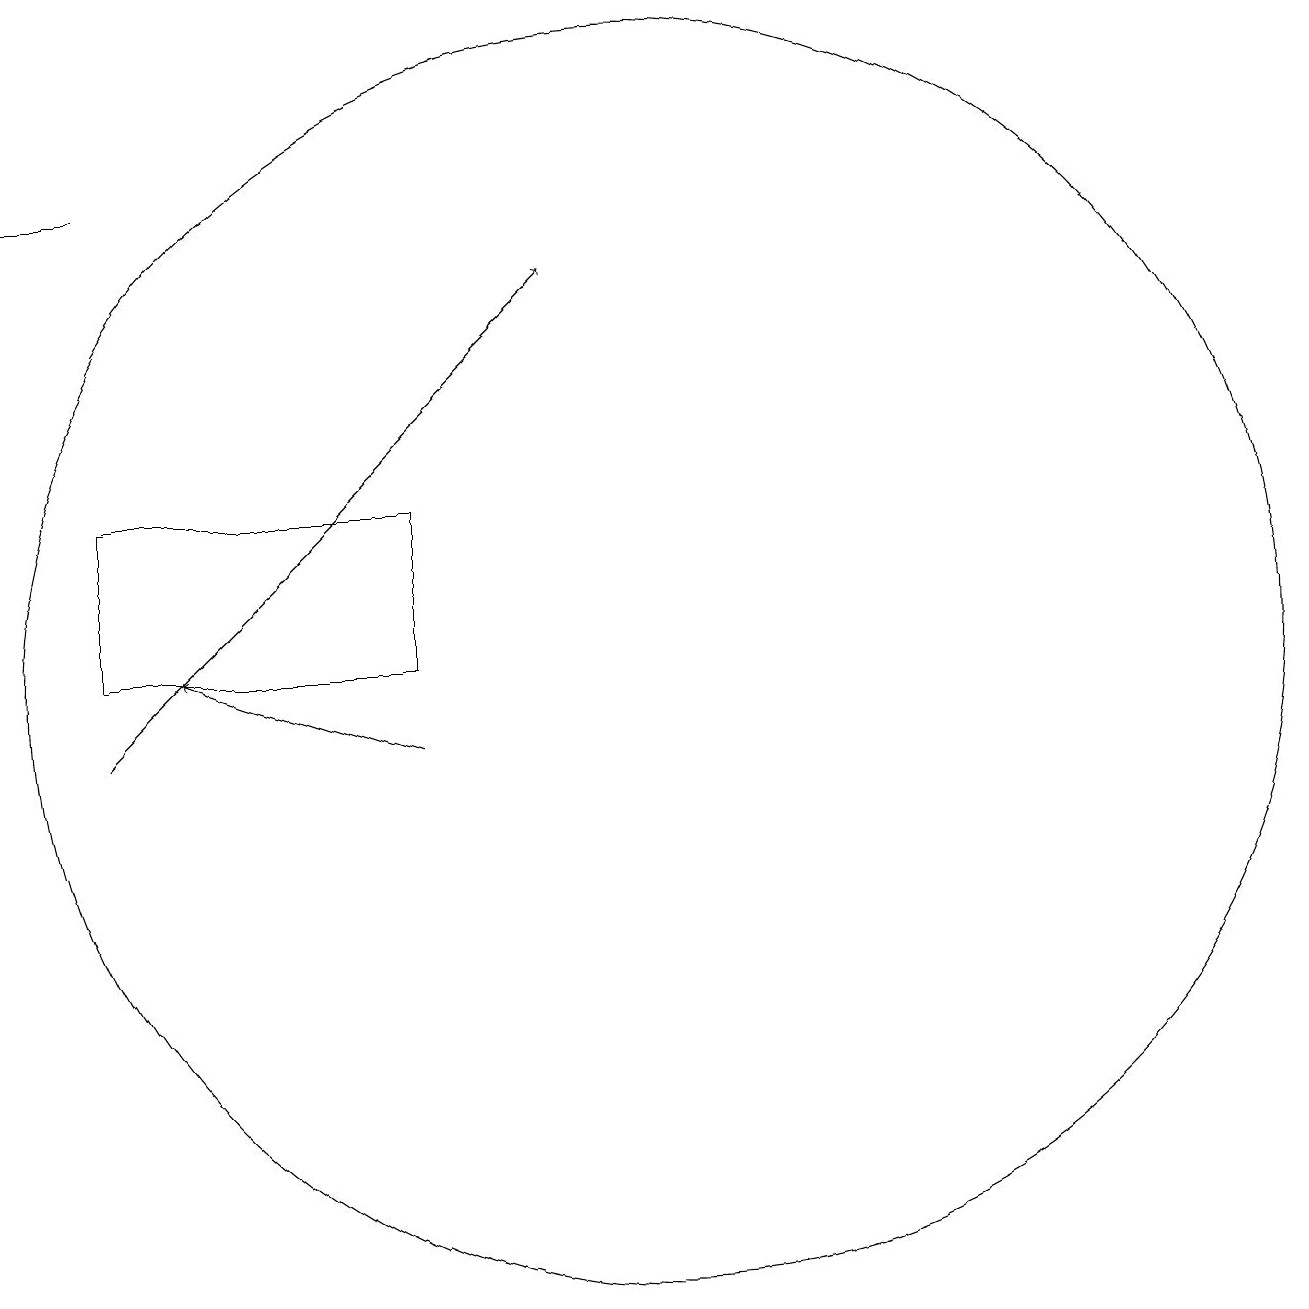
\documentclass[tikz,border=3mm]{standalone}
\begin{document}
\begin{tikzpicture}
\draw[->] (7,11) -- (4,12);
\draw (10,12) circle (8);
\draw (11,11) circle (0);
\draw[->] (3,11) -- (9,17);
\draw (3,18) rectangle (2,18);
\draw (7,12) rectangle (3,14);
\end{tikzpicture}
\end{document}